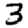
Digit: 3